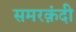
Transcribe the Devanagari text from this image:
समरक़ंदी